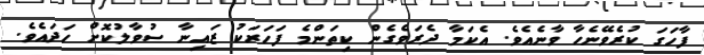
ފާހަގަ ކުރެވޭނެހާ ވާނެއެވެ. އެކަމާ ދެރަވެގެން ކިތަންމެ ފަހަރަކު ޒައިނާ ސުވާލުކޮށް ހަދައެވެ.